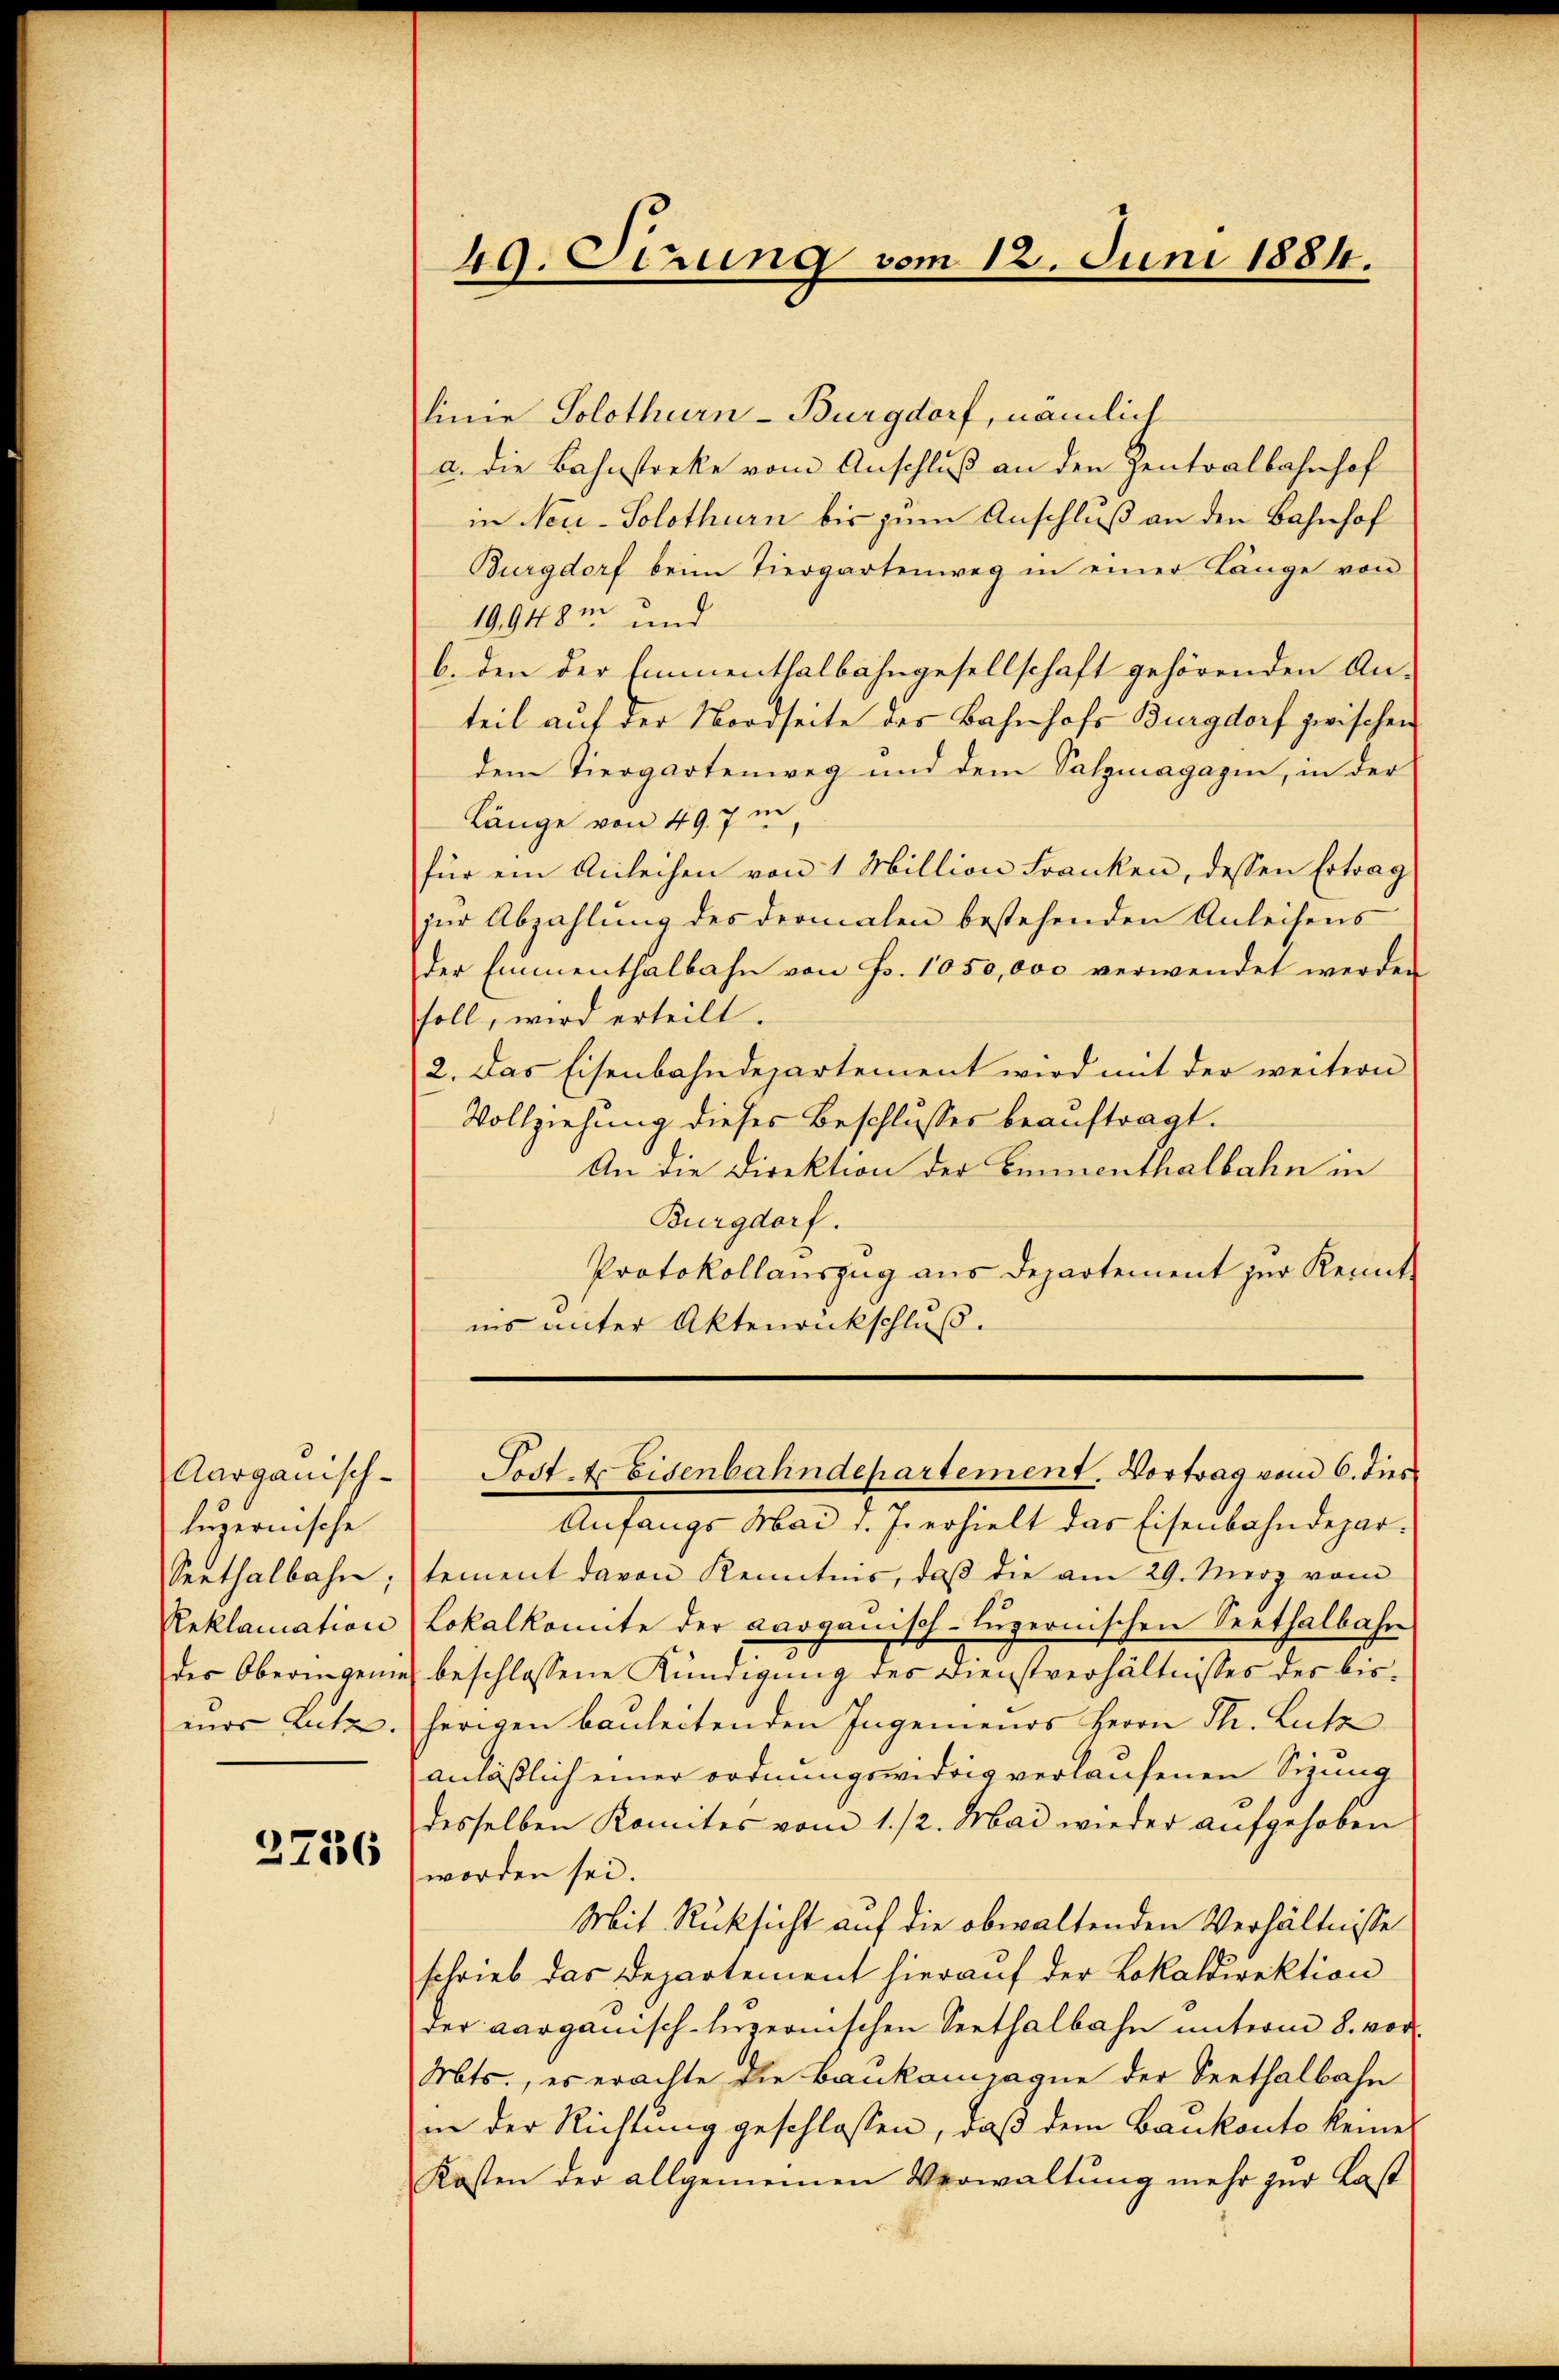
Aargauisch-
luzernische
verthalbahn;
Reklamation
des Oberingenie
eins Lutz.

2756

49. Strung vom 12. Juni 1884.

linie Solothurn-Burgdorf, nämlich
a. die Bahnstreke vom Anschluß an den Zentralbahnhof
in Neu-Solothurn bis zum Anschluß an den Bahnhof
Burgdorf beim Tiergartenweg in einer Länge von
19.948 und
b. den der Emmenthalbahngesellschaft gehörenden An-
teil auf der Nordseite des Bahnhofs Burgdorf zwischen
dem Tiergartenweg und dem Salzmagazin, in der
Länge von 497 i
für ein Anleihen von 1 Million Franken, dessen Ertrag
zur Abzahlung des dermalen bestehenden Anleisens
der Emmenthalbahn von Fr. 1050,000 verwendet werden
soll, wird erteilt.
2. Das Eisenbahndepartement wird mit der weitern
Vollziehung dieses Beschlusses beauftragt.
An die Direktion der Einmenthalbahn in
Burgdorf.
Protokollauszug aus Departement zur Kennt-
ins unter Aktenankschluß.

Anfangs Mai v. J. erhielt das Eisenbahndepartement davon Kenntnis, daβ die am 29. Merz vom
Lokalkonte der aarganisch-luzernischen Seethalbahn
beschlossene Kündigung des Dienstverhältnisses des bisherigen bauleitenden Ingenieurs Herrn Th. Lutz
anläßlich einer ordnungswidrig verlaufenen Sizung
desselben Komites vom 1./2. Mai wieder aufgehoben
worden sei.
Mit Rücksicht auf die obwaltenden Verhältnisse
schrieb das Departement hierauf der Lokaldirektion
der aarganisch-luzernischen Seethalbahn unterm 8. vor.
Mts., es erachte die Baukampagne der Seethalbahn
in der Richtung geschlossen, daß dem Baukonto keines
Kosten der allgemeinen Verwaltung mehr zur Last

Fost. Er Eisenbahndepartement. Vortrag vom 6. dies